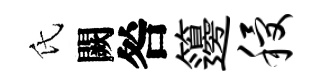
氏闕咎籩稷